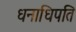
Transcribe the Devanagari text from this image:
धनाधिपति